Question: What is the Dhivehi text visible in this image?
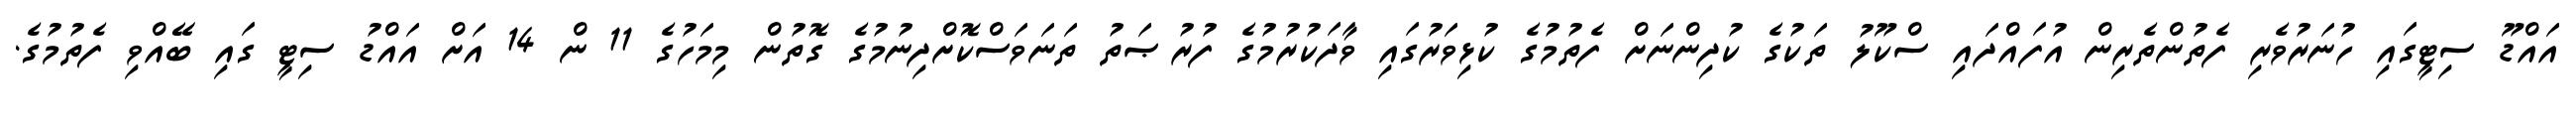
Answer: އައްޑޫ ސިޓީގައި ހުނަރުވެރި ފެތުންތެރިން އުފައްދައި ސްކޫލު ތަކުގެ ކުދިންނަށް ފެތުމުގެ ކުޅިވަރުގައި ވާދަކުރުމުގެ ފުރުޞަތު ތަނަވަސްކޮށްދިނުމުގެ ގޮތުން މިމަހުގެ 11 ން 14 އަށް އައްޑު ސިޓީ ގައި ބޭއްވި ފެތުމުގެ.